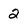
Character: 2